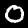
Label: 0